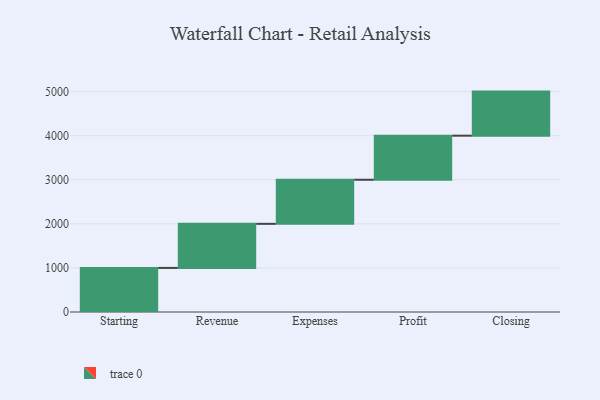
{"axis": {"x": "Step", "y": "Value"}, "legend": [""], "data": [{"x": "Starting", "y": 1000, "type": ""}, {"x": "Revenue", "y": 1000, "type": ""}, {"x": "Expenses", "y": 1000, "type": ""}, {"x": "Profit", "y": 1000, "type": ""}, {"x": "Closing", "y": 1000, "type": ""}]}